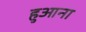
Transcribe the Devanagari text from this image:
हुआना